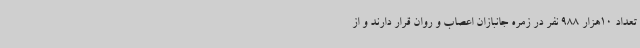
تعداد 10هزار 988 نفر در زمره جانبازان اعصاب و روان قرار دارند و از